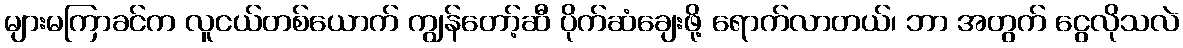
များမကြာခင်က လူငယ်တစ်ယောက် ကျွန်တော့်ဆီ ပိုက်ဆံချေးဖို့ ရောက်လာတယ်၊ ဘာ အတွက် ငွေလိုသလဲ